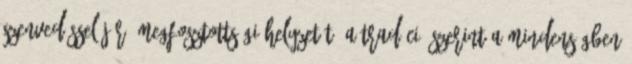
szenvedéssel járó megfosztottsági helyzetét. A tradíció szerint a mindenségben